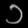
Digit: ၁